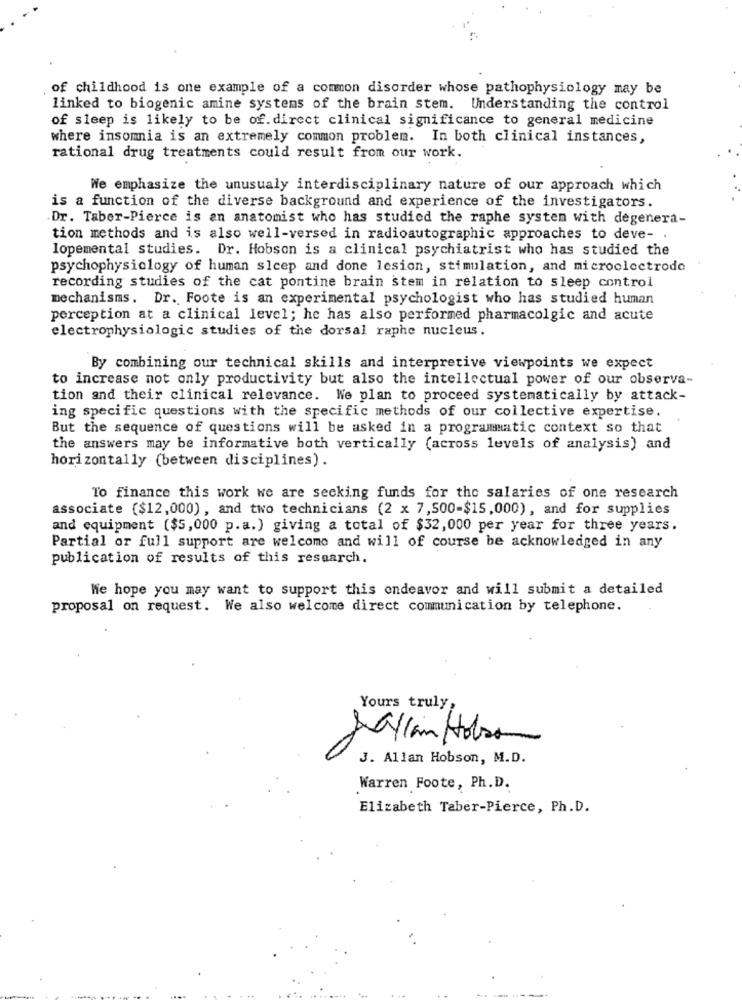
of childhood is one example of a common disorder whose pathophysiology may be
linked to biogenic amine systems of the brain stem. Understanding the control
of sleep is likely to be of. direct clinical significance to general medicine
where insomnia is an extremely common problem. In both clinical instances,
rational drug treatments could result from our work.
We emphasize the unusualy interdisciplinary nature of our approach which
is a function of the diverse background and experience of the investigators.
Dr. Taber-Pierce is an anatomist who has studied the raphe system with degenera-
tion methods and is also well-versed in radioautographic approaches to deve- .
lopemental studies. Dr. Hobson is a clinical psychiatrist who has studied the
psychophysiology of human sicep and done lesion, stimulation, and microelectrode
recording studies of the cat pontine brain stem in relation to sleep control
mechanisms. Dr. Foote is an experimental psychologist who has studied human
perception at a clinical level; he has also performed pharmacolgic and acute
electrophysiologic studies of the dorsal raphe nucleus.
By combining our technical skills and interpretive viewpoints we expect
to increase not only productivity but also the intellectual power of our observa-
tion and their clinical relevance. We plan to proceed systematically by attack-
ing specific questions with the specific methods of our collective expertise.
But the sequence of questions will be asked in a programmatic context so that
the answers may be informative both vertically (across levels of analysis) and
horizontally (between disciplines).
To finance this work we are secking funds for the salaries of one research
associate ($12,000), and two technicians (2 x 7,500-$15,000), and for supplies
and equipment ($5,000 p.a.) giving a total of $32,000 per year for three years.
Partial or full support are welcome and will of course be acknowledged in any
publication of results of this research.
We hope you may want to support this endeavor and will submit a detailed
proposal on request. We also welcome direct communication by telephone.
Yours truly
Sallan Hobson
J. Allan Hobson, M.D.
."
Warren Foote, Ph.D.
Elizabeth Taber-Pierce, Ph.D.